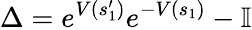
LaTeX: \Delta=e^{V(s_{1}^{\prime})}e^{-V(s_{1})}-\mathbb{I}